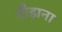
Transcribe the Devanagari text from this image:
दौड़ाना